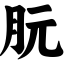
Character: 朊